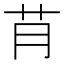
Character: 𮎟